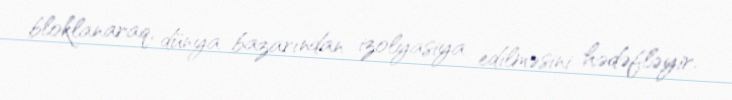
bloklanaraq, dünya bazarından izolyasiya edilməsini hədəfləyir.